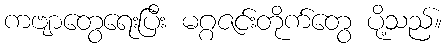
ကဗျာတွေရေးပြီး မဂ္ဂဇင်းတိုက်တွေ ပို့သည်။